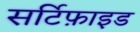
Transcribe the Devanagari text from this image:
सर्टिफ़ाइड